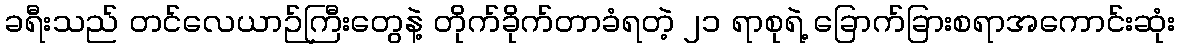
ခရီးသည် တင်လေယာဉ်ကြီးတွေနဲ့ တိုက်ခိုက်တာခံရတဲ့ ၂၁ ရာစုရဲ့ ခြောက်ခြားစရာအကောင်းဆုံး